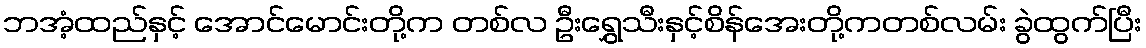
ဘအံ့ထည်နှင့် အောင်မောင်းတို့က တစ်လ ဦးရွှေသီးနှင့်စိန်အေးတို့ကတစ်လမ်း ခွဲထွက်ပြီး